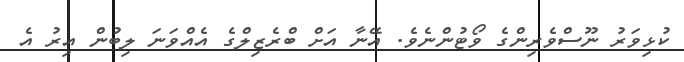
ކުޅިވަރު ނޫސްވެރިންގެ ވޯޓުންނެވެ. އޭނާ އަށް ބްރެޒިލްގެ އެއްވަނަ ލިބުން އިރު އެ